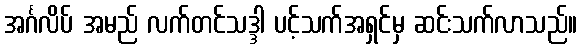
အင်္ဂလိပ် အမည် လက်တင်သဒ္ဒါ ပင့်သက်အရှင်မှ ဆင်းသက်လာသည်။